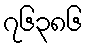
၇၆၃၈၆